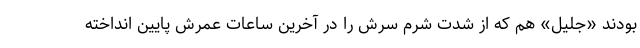
بودند «جلیل» هم که از شدت شرم سرش را در آخرین ساعات عمرش پایین انداخته